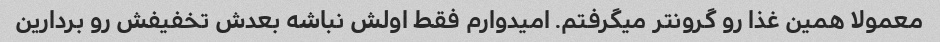
معمولا همین غذا رو گرونتر میگرفتم. امیدوارم فقط اولش نباشه بعدش تخفیفش رو بردارین